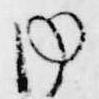
内